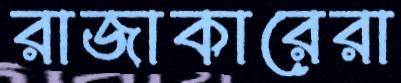
রাজাকারেরা